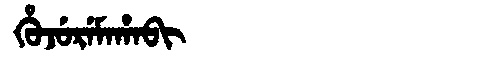
Manchu: ᡥᡠᠵᡠᡵᡝᠮᠠᡥᠠᠪᡳ
Romanization: HUJUREMAHABI